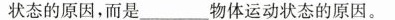
状态的原因，而是___物体运动状态的原因。